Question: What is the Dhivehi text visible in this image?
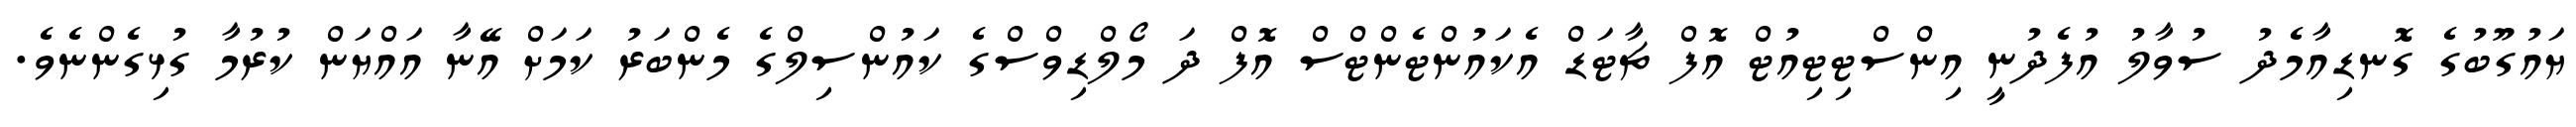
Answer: ޔައުގޫބުގެ ގޮނޑިއާމެދު ސުވާލު އުފެދުނީ އިންސްޓިޓިއުޓް އޮފް ޗާޓަޑް އެކައުންޓެންޓްސް އޮފް ދަ މޯލްޑިވްސްގެ ކައުންސިލްގެ މެންބަރު ކަމަށް އޭނާ އައްޔަން ކުރުމާ ގުޅިގެންނެވެ.